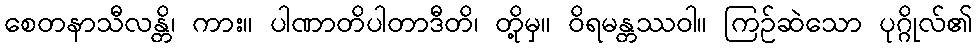
စေတနာသီလန္တိ၊ ကား။ ပါဏာတိပါတာဒီတိ၊ တို့မှ။ ဝိရမန္တဿဝါ။ ကြဉ်ဆဲသော ပုဂ္ဂိုလ်၏